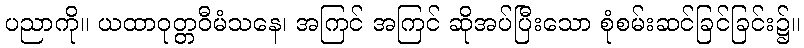
ပညာကို။ ယထာဝုတ္တဝီမံသနေ၊ အကြင် အကြင် ဆိုအပ်ပြီးသော စုံစမ်းဆင်ခြင်ခြင်း၌။